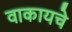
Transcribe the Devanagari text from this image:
वाकायचे